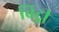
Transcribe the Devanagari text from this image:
ब्रिट्नी